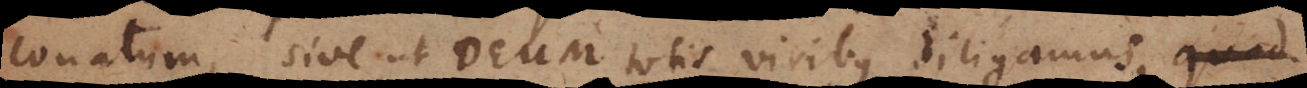
conatum, sive ut Deum totis viribus diligamus, quid